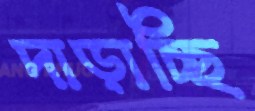
দাড়াচ্ছি